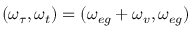
( \omega _ { \tau } , \omega _ { t } ) = ( \omega _ { e g } + \omega _ { v } , \omega _ { e g } )